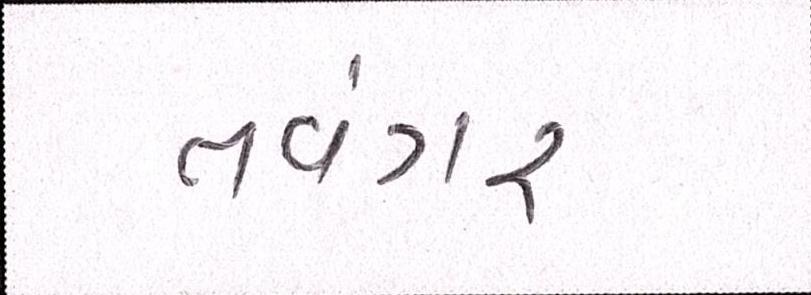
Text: તવંગર